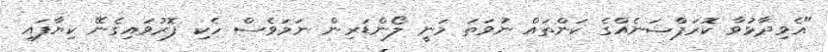
"އެވިދާޅުވާ ކޮރަޕްޝަނެއްގެ ކަންތައް ނުވަތަ މަނީ ލޯންޑަރިން ނަމަވެސް ހެކި ފޮރުވައިގެނޭ ކިޔާފައި